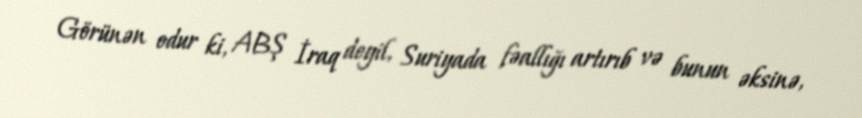
Görünən odur ki, ABŞ İraq deyil, Suriyada fəallığı artırıb və bunun əksinə,